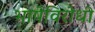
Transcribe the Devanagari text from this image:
भाषेविरोधी